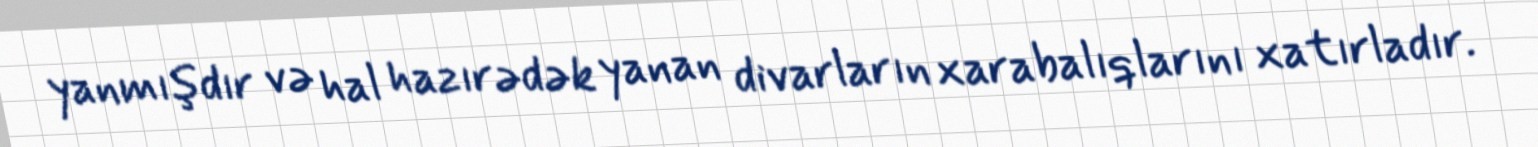
yanmışdır və hal hazırədək yanan divarların xarabalıqlarını xatırladır.